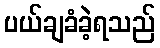
ပယ်ချခံခဲ့ရသည်